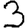
Digit: 3